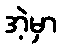
အဲ့မှာ